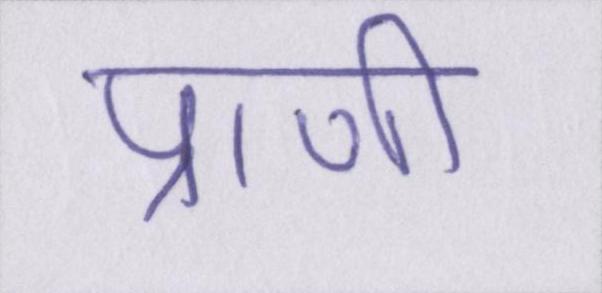
प्राणी